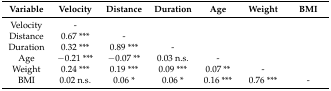
<table><thead><tr><td><b>Variable</b></td><td><b>Velocity</b></td><td><b>Distance</b></td><td><b>Duration</b></td><td><b>Age</b></td><td><b>Weight</b></td><td><b>BMI</b></td></tr></thead><tbody><tr><td>Velocity</td><td>-</td><td></td><td></td><td></td><td></td><td></td></tr><tr><td>Distance</td><td>0.67 ***</td><td>-</td><td></td><td></td><td></td><td></td></tr><tr><td>Duration</td><td>0.32 ***</td><td>0.89 ***</td><td>-</td><td></td><td></td><td></td></tr><tr><td>Age</td><td>−0.21 ***</td><td>−0.07 **</td><td>0.03 n.s.</td><td>-</td><td></td><td></td></tr><tr><td>Weight</td><td>0.24 ***</td><td>0.19 ***</td><td>0.09 ***</td><td>0.07 **</td><td>-</td><td></td></tr><tr><td>BMI</td><td>0.02 n.s.</td><td>0.06 *</td><td>0.06 *</td><td>0.16 ***</td><td>0.76 ***</td><td>-</td></tr></tbody></table>